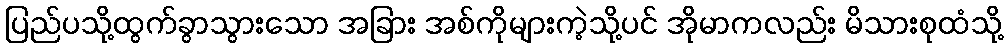
ပြည်ပသို့ထွက်ခွာသွားသော အခြား အစ်ကိုများကဲ့သို့ပင် အိုမာကလည်း မိသားစုထံသို့